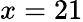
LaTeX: x=21